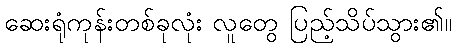
ဆေးရုံကုန်းတစ်ခုလုံး လူတွေ ပြည့်သိပ်သွား၏။